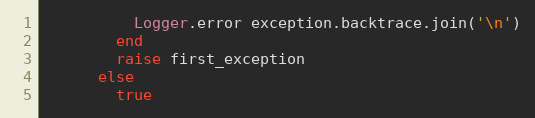
Language: Ruby
          Logger.error exception.backtrace.join('\n')
        end
        raise first_exception
      else
        true